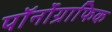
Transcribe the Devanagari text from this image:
पॉर्नोग्राफिक